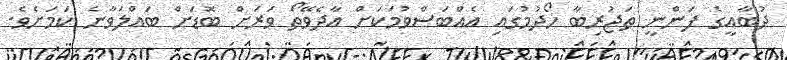
ދުބާއީގެ ފަންނީ ތަޖުރިބާ ހޯދުމުގައި އެއްބަސްވުމަކަށް އާދެވޭތޯ ވަރަށް ބޮޑަށް ބައްލަވާނެ ކަމަށެވެ.